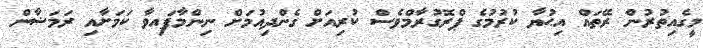
މީގެއިތުރުން ރޭތައް އިޙުޔާ ކުރުމުގެ ޕްރޮގުރާމްވެސް ކުރިއަށް ގެންދިއުމަށް ނިންމާފައިވާ ކަމަށާއި ރަމަޟާން